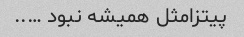
پیتزامثل همیشه نبود …..